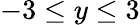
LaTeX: -3\leq y\leq 3